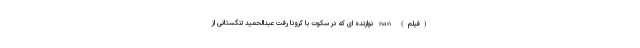
(فیلم) nan نوازنده ای که در سکوت با کرونا رفت عبدالحمید تنگستانی از